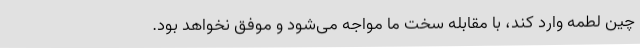
چین لطمه وارد کند، با مقابله سخت ما مواجه می‌شود و موفق نخواهد بود.